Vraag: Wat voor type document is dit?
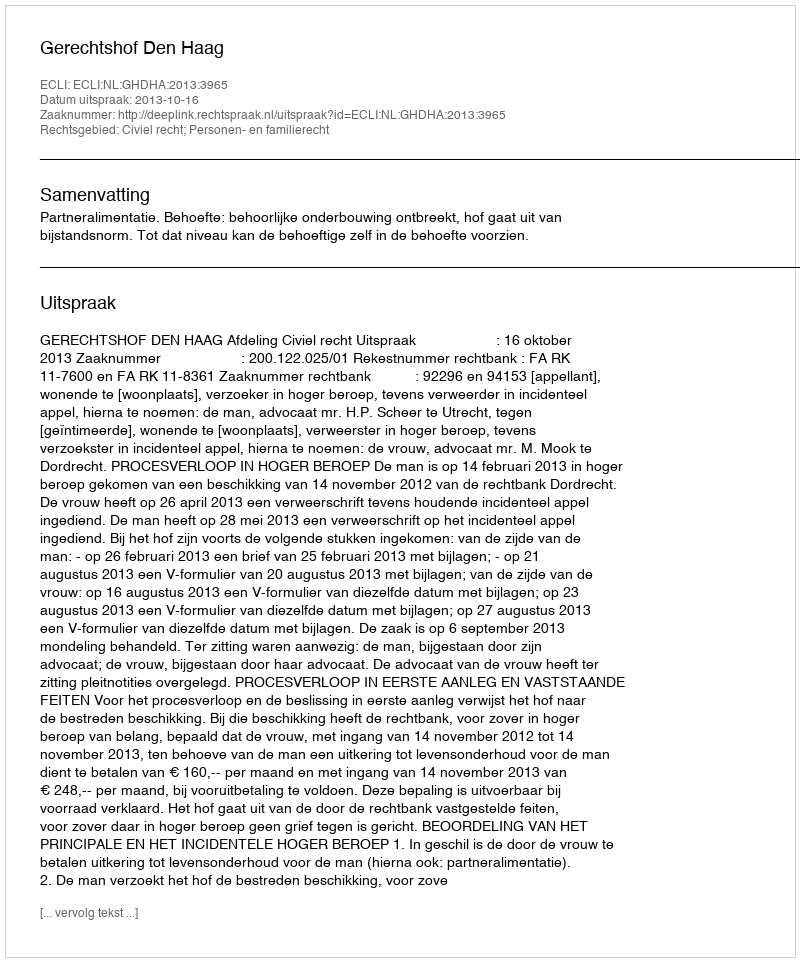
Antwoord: Uitspraak